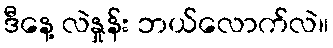
ဒီနေ့ လဲနှုန်း ဘယ်လောက်လဲ။